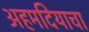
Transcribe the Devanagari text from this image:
अहमदियाचा